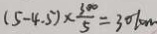
( 5 - 4 . 5 ) \times \frac { 3 0 0 } { 5 } = 3 0 1 0 m